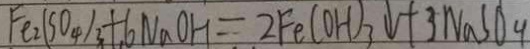
F e _ { 2 } ( S O _ { 4 } ) _ { 3 } + 6 N a O H = 2 F e ( O H ) _ { 3 } \downarrow + 3 N a S O _ { 4 }